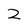
Character: Z